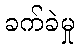
ခက်ခဲမှု